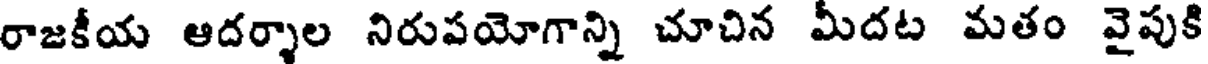
రాజకీయ ఆదర్శాల నిరుపయోగాన్ని చూచిన మీదట మతం వైపుకి